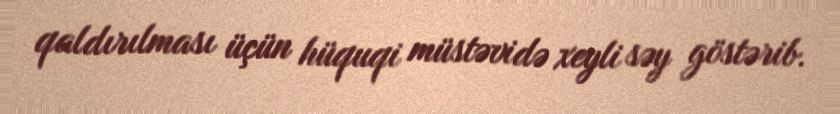
qaldırılması üçün hüquqi müstəvidə xeyli səy göstərib.